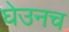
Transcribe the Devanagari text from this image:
घेउनच